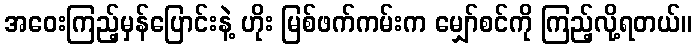
အဝေးကြည့်မှန်ပြောင်းနဲ့ ဟိုး မြစ်ဖက်ကမ်းက မျှော်စင်ကို ကြည့်လို့ရတယ်။